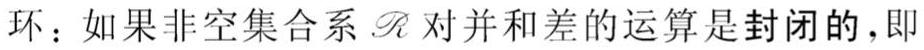
环：如果非空集合系$\mathscr{R}$对并和差的运算是封闭的，即